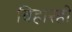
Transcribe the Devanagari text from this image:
विहारही